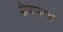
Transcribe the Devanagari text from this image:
क्षेत्रासह